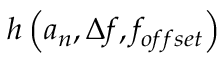
h \left( \boldsymbol { a _ { n } } , \Delta f , f _ { o f f s e t } \right)